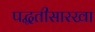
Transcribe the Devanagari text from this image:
पद्घतीसारखा